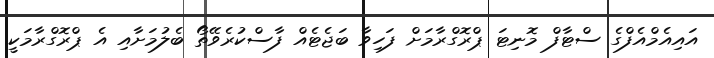
އައިއެމްއެފްގެ ސްޓާފް މޮނިޓަ ޕްރޮގްރާމަށް ފަހިވާ ބަޖެޓެއް ފާސްކުރެވޭތޯ ބެލުމަށާއި އެ ޕްރޮގްރާމަކީ